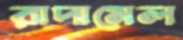
রাদামেল